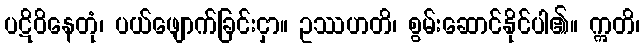
ပဋိဝိနေတုံ၊ ပယ်ဖျောက်ခြင်းငှာ။ ဥဿဟတိ၊ စွမ်းဆောင်နိုင်ပါ၏။ ဣတိ၊